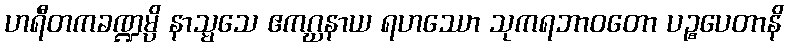
ဟရီတကခဏ္ဍမ္ပိ နာသ္မသေ ဧကဂ္ဃနာယ ရဟဿော သုကရဘာဝတော ပဉ္စပေတာနိ